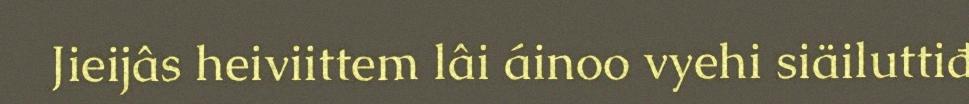
Jieijâs heiviittem lâi áinoo vyehi siäiluttiđ